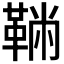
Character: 𩋇